Annual report of the Imperial Bacteriologist
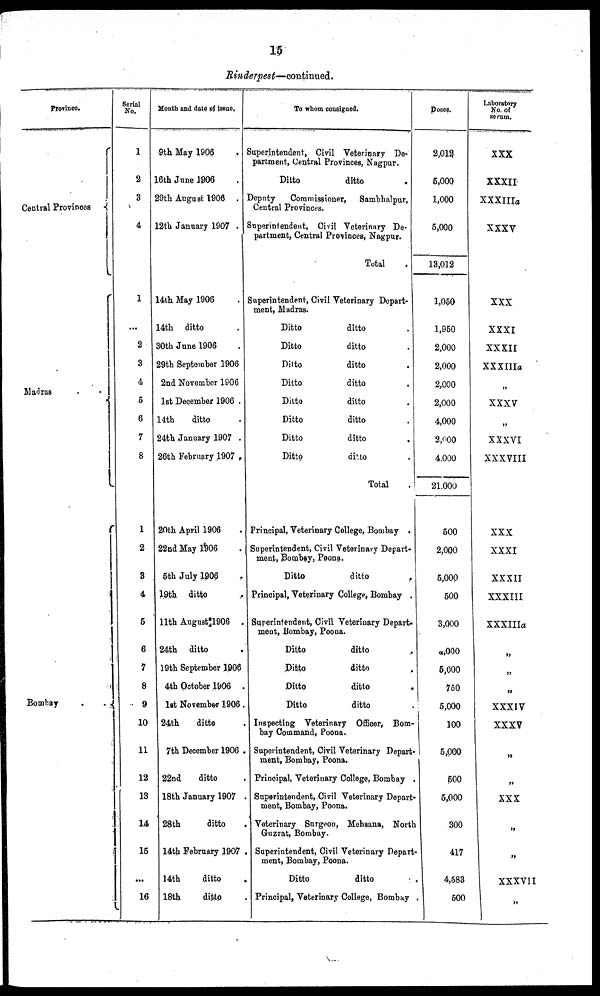
15
Rinderpest—continued.
Province.
Central Provinces {
Madras . .{
Bombay . .{
Serial
No.
1
2
3
4
1
...
2
3
4
5
6
7
8
1
2
3
4
5
6
7
8
9
10
11
12
13
14
15
...
16
Month and date of issue.
9th May 1906
16th June 1906
29th August 1906 .
12th January 1907 .
14th May 1906 .
14th ditto .
30th June 1906 .
29th September 1906
2nd November 1906
1st December 1906 .
14th
ditto
24th January 1907 .
26th February 1907 .
20th April 1906 .
22nd May 1906 .
5th July 1906 .
19th ditto .
11th August 1906 .
24th ditto .
19th September 1906 .
4th October 1906 .
1st November 1906.
24th
ditto .
7th December 1906 .
22nd
ditto .
18th January 1907 .
28th
ditto .
14th February 1907 .
14th
ditto .
18th
ditto .
To whom consigned.
Superintendent, Civil Veterinary De-
partment, Central Provinces, Nagpur.
Ditto
ditto
.
Deputy
Commissioner, Sambhalpur,
Central Provinces.
Superintendent, Civil Veterinary De¬
partment, Central Provinces, Nagpur.
Total .
Superintendent, Civil Veterinary Depart¬
ment, Madras.
Ditto
ditto .
Ditto
ditto .
Ditto
ditto .
Ditto
ditto .
Ditto
ditto .
Ditto
ditto .
Ditto
ditto .
Ditto
ditto .
Total .
Principal, Veterinary College, Bombay .
Superintendent, Civil Veterinary Depart-
ment, Bombay, Poona.
Ditto
ditto
.
Principal, Veterinary College, Bombay .
Superintendent, Civil Veterinary Depart¬
meat, Bombay, Poona.
Ditto
ditto .
Ditto
ditto .
Ditto
ditto .
Ditto
ditto .
Inspecting Veterinary Officer, Bom-
bay Command, Poona.
Superintendent, Civil Veterinary Depart¬
ment, Bombay, Poona.
Principal, Veterinary College, Bombay .
Superintendent,Civil Veterinary Depart-
ment, Bombay, Poona.
Veterinary Surgeon, Mehsana, North
Guzrat, Bombay.
Superintendent, Civil Veterinary Depart¬
ment, Bombay, Poona.
Ditto
ditto .
Principal, Veterinary College, Bombay .
Doses.
2,012
5,000
1,000
5,000
13,012
1,050
1,950
2,000
2,000
2,000
2,000
4,000
2,000
4,000
21,000
500
2,000
5,000
500
3,000
4000
5,000
750
5,000
100
5,000
500
5,000
300
417
4,583
500
Laboratory
No. of
serum.
XXX
XXXII
XXXIIIa
XXXV
XXX
XXXI
XXXII
XXXIILa
„
XXXV
„
XXXVI
XXXVIII
XXX
XXXI
XXXII
XXXIII
XXXIIIa
„
„
„
XXXIV
XXXV
„
„
XXX
„
„
XXXVII
„